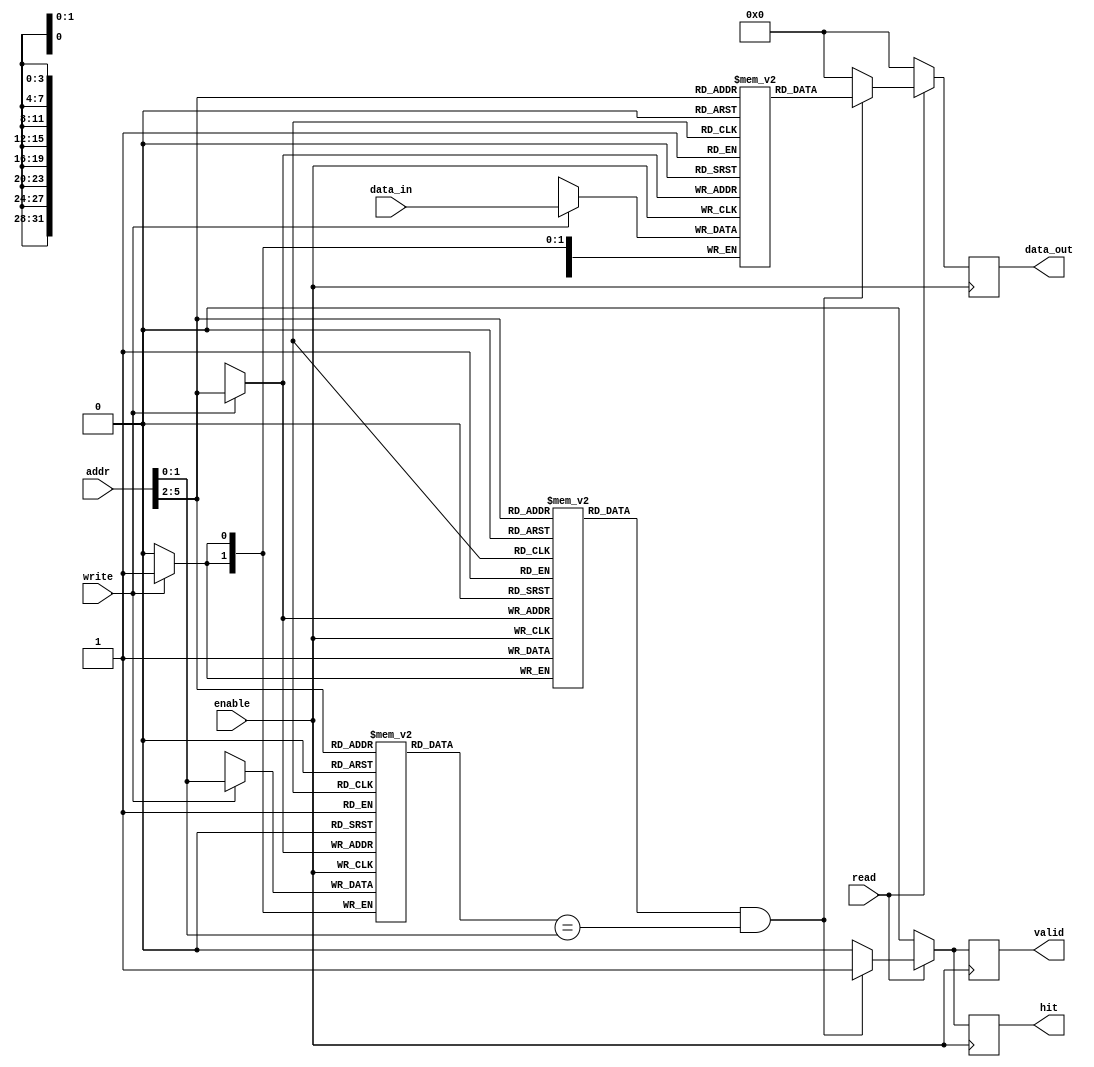
module DirectMappedCache #(
    parameter N = 32,  // Total address width
    parameter M = 32,  // Data width
    parameter C = 16,  // Number of cache lines
    parameter B = 4    // Block size (in bytes)
)(
    input wire [N-1:0] addr,       // Address input
    input wire [M-1:0] data_in,    // Data input
    input wire read,                // Read control signal
    input wire write,               // Write control signal
    input wire enable,              // Enable control signal
    output reg [M-1:0] data_out,    // Data output
    output reg hit,                 // Hit signal
    output reg valid                // Valid signal
);

    // Cache line structure
    reg [N-M-1:0] tag [0:C-1];      // Tag array
    reg [M-1:0] cache_data [0:C-1]; // Data array
    reg valid_bit [0:C-1];          // Valid bits array

    // Calculate index and tag from address
    wire [N-M-1:0] addr_tag = addr[N-1:N-M];              // Tag bits
    wire [$clog2(C)-1:0] addr_index = addr[$clog2(C)+B-1:$clog2(B)]; // Index bits
    wire [B-1:0] addr_offset = addr[$clog2(B)-1:0];      // Block offset (not used here)

    always @(posedge enable) begin
        // Default outputs
        hit <= 0;
        valid <= 0;
        data_out <= 0;

        // Read operation
        if (read) begin
            // Check if the line is valid and if the tag matches
            if (valid_bit[addr_index] && (tag[addr_index] == addr_tag)) begin
                data_out <= cache_data[addr_index]; // Cache hit
                hit <= 1;
                valid <= 1;
            end else begin
                hit <= 0;  // Cache miss
                valid <= 0;
            end
        end

        // Write operation
        if (write) begin
            // Write the data into the cache line
            cache_data[addr_index] <= data_in;
            tag[addr_index] <= addr_tag;      // Update tag
            valid_bit[addr_index] <= 1;       // Mark line as valid
        end
    end

endmodule